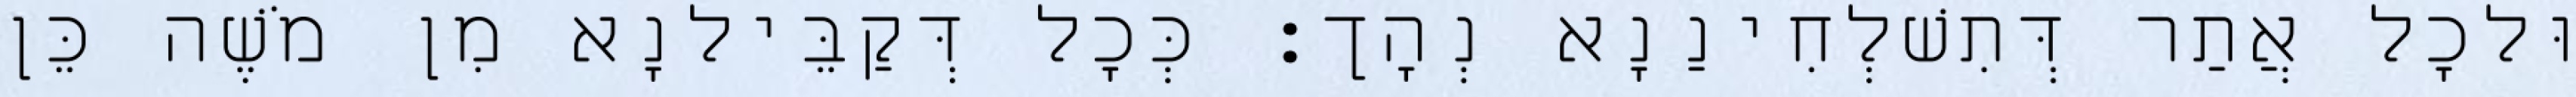
וּלכָל אֲתַר דְּתִשׁלְחִינַנָא נְהָך׃ כְּכָל דְּקַבֵּילנָא מִן מֹשֶׁה כֵּן